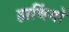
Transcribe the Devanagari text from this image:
हाथिंयो